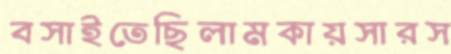
বসাইতেছিলামকায়সারস